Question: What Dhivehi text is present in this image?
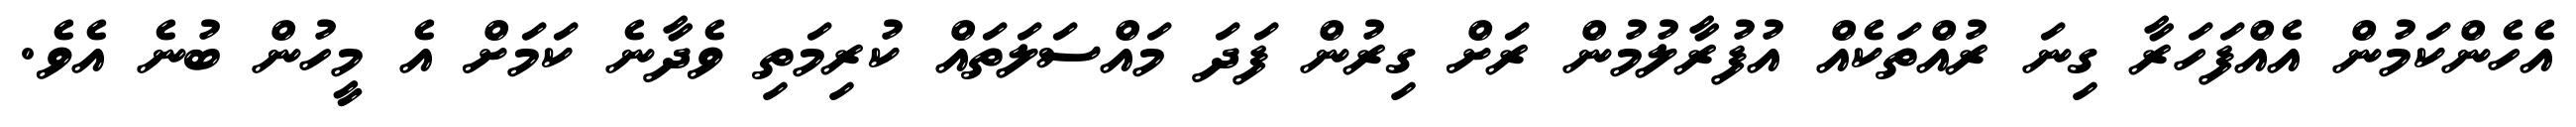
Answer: އެހެންކަމުން އެއްފަހަރާ ގިނަ ރުއްތަކެއް އުފުރާލުމުން ރަށް ގިރުން ފަދަ މައްސަލަތައް ކުރިމަތި ވެދާނެ ކަމަށް އެ މީހުން ބުނެ އެވެ.